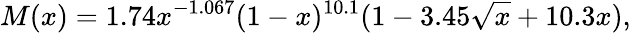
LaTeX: M(x)=1.74x^{-1.067}(1-x)^{10.1}(1-3.45\sqrt{x}+10.3x),